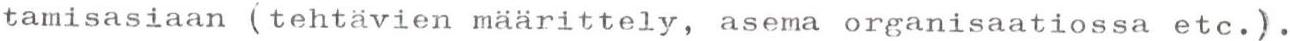
tamisasiaan (tehtävien määrittely, asema organisaatiossa etc.).